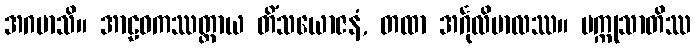
အဂမာသိ။ အာဠဝကဿတ္ထာယ တိံသယောဇနံ, တထာ အင်္ဂုလိမာလဿ။ ပက္ကုသာတိဿ